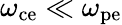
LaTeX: \omega_{\mathrm{ce}}\ll\omega_{\mathrm{pe}}